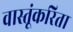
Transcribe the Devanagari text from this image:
वास्तूंकरिता